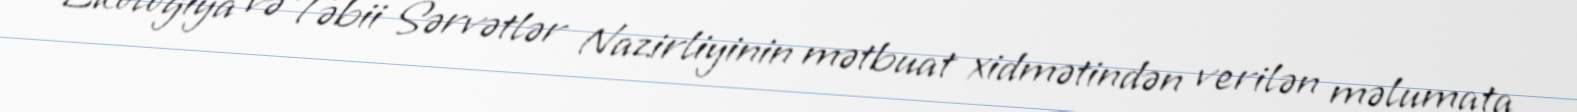
Ekologiya və Təbii Sərvətlər Nazirliyinin mətbuat xidmətindən verilən məlumata